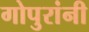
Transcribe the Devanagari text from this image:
गोपुरांनी